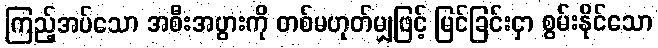
ကြည့်အပ်သော အစီးအပွားကို တစ်မဟုတ်မျှဖြင့် မြင်ခြင်းငှာ စွမ်းနိုင်သော